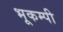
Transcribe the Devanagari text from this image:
भूकम्पी